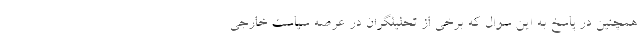
همچنین در پاسخ به این سوال که برخی از تحلیلگران در عرصه سیاست خارجی